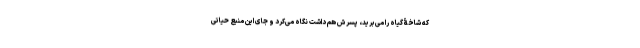
که شاخۀ گیاه را می‌برید، پسرش هم داشت نگاه می‌کرد و جای این منبع حیاتی